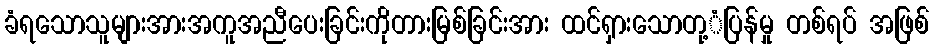
ခံရသောသူများအားအကူအညီပေးခြင်းကိုတားမြစ်ခြင်းအား ထင်ရှားသောတု့ံပြန်မှု တစ်ရပ် အဖြစ်